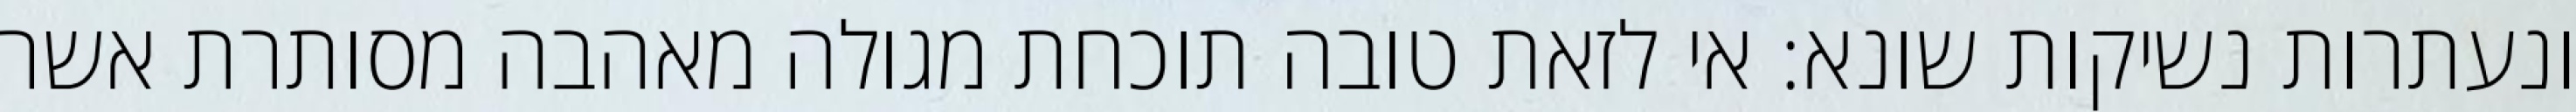
ונעתרות נשיקות שונא: אי לזאת טובה תוכחת מגולה מאהבה מסותרת אשר